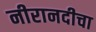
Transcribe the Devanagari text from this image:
नीरानदीचा